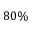
8 0 \%